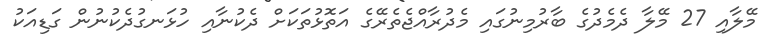
މޭލާއި 27 މޭލާ ދެމެދުގެ ބާރުމިނުގައި މެދުރާއްޖެތެރޭގެ އަތޮޅުތަކަށް ދެކުނާއި ހުޅަނގުދެކުނުން ގަޑިއަކު